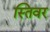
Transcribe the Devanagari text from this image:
स्तिवर